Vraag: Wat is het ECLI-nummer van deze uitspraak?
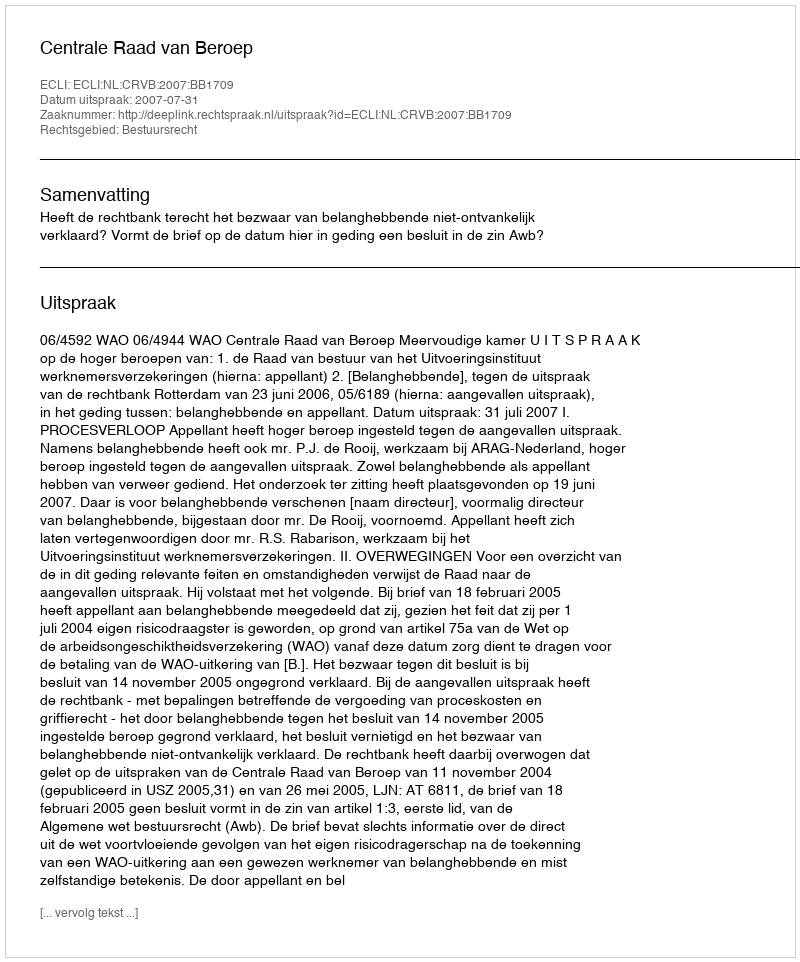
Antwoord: ECLI:NL:CRVB:2007:BB1709